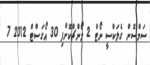
ސަމްސޮން ގެލަކްސީ ނޯޓް 2 ލޯންޗްކޮށްފި 30 އޯގަސްޓް 2012 7